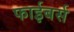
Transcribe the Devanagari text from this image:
फाईबर्स